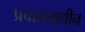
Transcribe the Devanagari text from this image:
प्रचालनाधीन